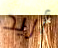
أريد